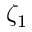
\zeta _ { 1 }